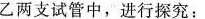
乙两支试管中，进行探究：